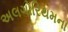
અલગોરિથમના